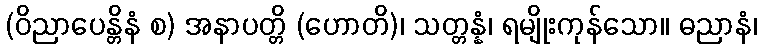
(ဝိညာပေန္တိနံ စ) အနာပတ္တိ (ဟောတိ)၊ သတ္တန္နံ၊ ရမျိုးကုန်သော။ ဓညာနံ၊